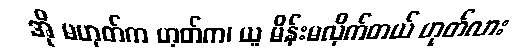
အို မဟုတ်က ဟုတ်က၊ ယူ မိန်းမလိုက်တယ် ဟုတ်လား